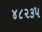
૪૮૨૩૫